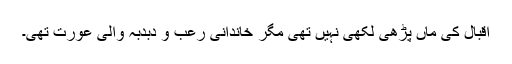
اقبال کی ماں پڑھی لکھی نہیں تھی مگر خاندانی رعب و دبدبہ والی عورت تھی۔